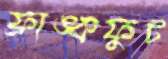
ফ্রাঙ্কফুট